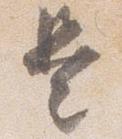
是